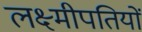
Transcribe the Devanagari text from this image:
लक्ष्मीपतियों